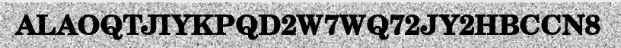
ALAOQTJIYKPQD2W7WQ72JY2HBCCN8